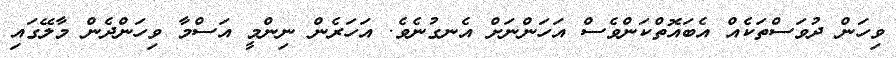
ވިހަން ދުވަސްތަކެއް އެބައޮތްކަންވެސް އަހަންނަށް އެނގުނެވެ. އަހަރެން ނިންމީ އަސްމާ ވިހަންދެން މާލޭގައި